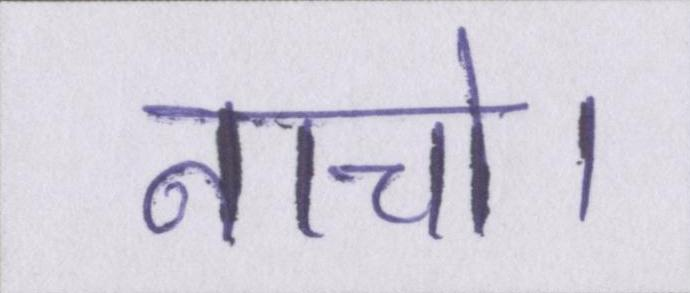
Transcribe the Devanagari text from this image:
नाचो।